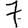
Digit: 7